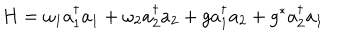
H = \omega _ { 1 } a _ { 1 } ^ { \dagger } a _ { 1 } + \omega _ { 2 } a _ { 2 } ^ { \dagger } a _ { 2 } + g a _ { 1 } ^ { \dagger } a _ { 2 } + g ^ { * } a _ { 2 } ^ { \dagger } a _ { 1 }